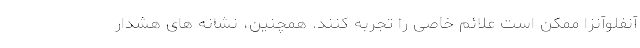
آنفلوآنزا ممکن است علائم خاصی را تجربه کنند. همچنین، نشانه های هشدار